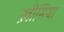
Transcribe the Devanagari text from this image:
ख़ीमिया